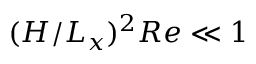
( H / L _ { x } ) ^ { 2 } R e \ll 1